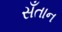
સઁતાન